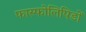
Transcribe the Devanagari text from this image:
फास्फोलिपिडों